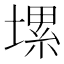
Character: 𡏱